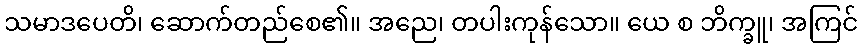
သမာဒပေတိ၊ ဆောက်တည်စေ၏။ အညေ၊ တပါးကုန်သော။ ယေ စ ဘိက္ခူ၊ အကြင်